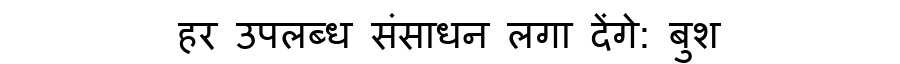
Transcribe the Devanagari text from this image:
हर उपलब्ध संसाधन लगा देंगे: बुश